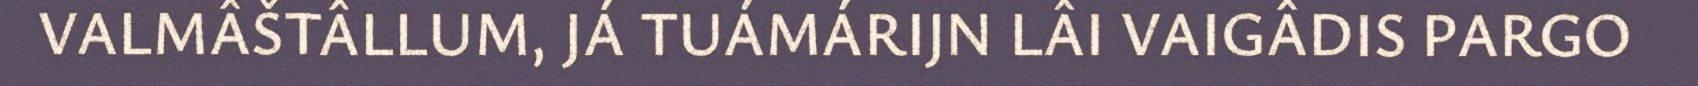
VALMÂŠTÂLLUM, JÁ TUÁMÁRIJN LÂI VAIGÂDIS PARGO